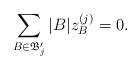
LaTeX: \begin{align*}\sum_{B\in \mathfrak B_j'} |B| z_B^{(j)}=0.\end{align*}